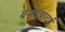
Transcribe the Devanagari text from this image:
बसवन्नावर्ष